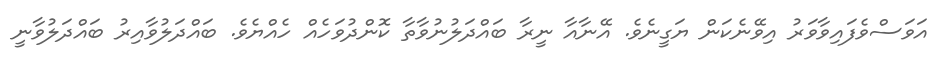
އަވަސްވެފައިވާވަރު އިވޭނެކަން ޔަގީނެވެ. އޭނާއާ ނީރާ ބައްދަލުނުވާތާ ކޮންދުވަހެއް ހެއްޔެވެ. ބައްދަލުވާއިރު ބައްދަލުވާނީ